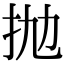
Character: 抛